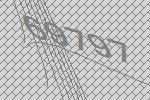
69797